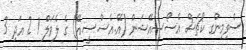
ސްވިމިންގ ކޯޗަސް އެސޯސިއޭޝަން (އޭ.އެސް.ސީ.އޭ) ގެ ލެވަލް 1 2 އަދި 3